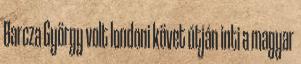
Barcza György volt londoni követ útján inti a magyar